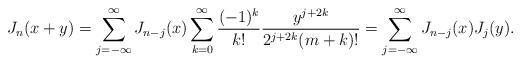
LaTeX: \begin{align*}J_n(x+y)=\sum_{j=-\infty}^{\infty}J_{n-j}(x)\sum_{k=0}^{\infty}\frac{(-1)^k}{k!}\frac{y^{j+2k}}{2^{j+2k}(m+k)!}=\sum_{j=-\infty}^{\infty}J_{n-j}(x)J_j(y).\end{align*}